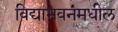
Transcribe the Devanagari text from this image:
विद्याभवनमधील